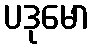
ပဒုမော